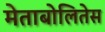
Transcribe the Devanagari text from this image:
मेताबोलितेस